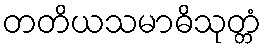
တတိယသမာဓိသုတ္တံ